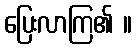
ပြေးလာကြ၏ ။